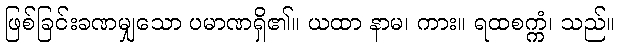
ဖြစ်ခြင်းခဏမျှသော ပမာဏရှိ၏။ ယထာ နာမ၊ ကား။ ရထစက္ကံ၊ သည်။